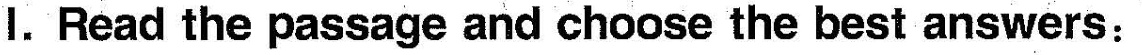
I.Read the passage and choose the best answers: